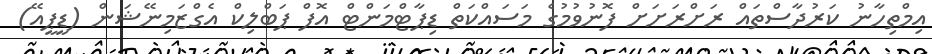
އިމްތިހާނު ކަރުދާސްތައް ރަށްރަށަށް ފޮނުވުމުގެ މަސައްކަތް ޑިޕާޓްމަންޓް އޮފް ޕަބްލިކް އެގްޒަމިނޭޝަން (ޑީޕީއޭ)